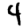
Digit: 4